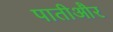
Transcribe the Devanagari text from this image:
पातीऔर